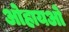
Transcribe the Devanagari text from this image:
ओहायओ